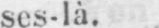
ses-là.